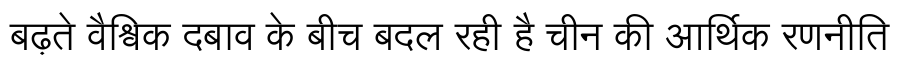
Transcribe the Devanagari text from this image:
बढ़ते वैश्विक दबाव के बीच बदल रही है चीन की आर्थिक रणनीति